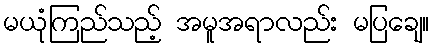
မယုံကြည်သည့် အမူအရာလည်း မပြချေ။